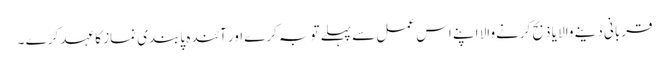
قربانی دینے والا یا ذبح کرنےوالا اپنے اس عمل سے پہلے توبہ کرے اور آئندہ پابندی نماز کا عہد کرے ۔